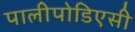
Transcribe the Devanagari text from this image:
पालीपोडिएसी